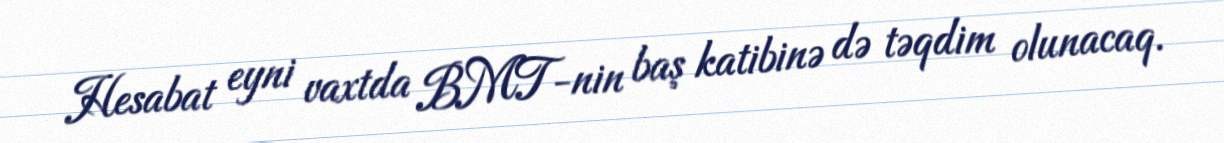
Hesabat eyni vaxtda BMT-nin baş katibinə də təqdim olunacaq.